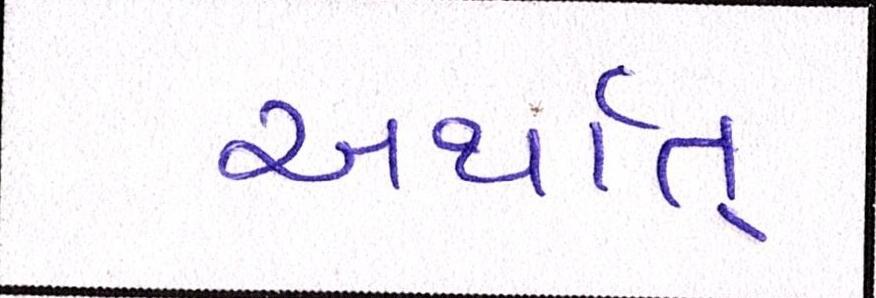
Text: અર્થાત્